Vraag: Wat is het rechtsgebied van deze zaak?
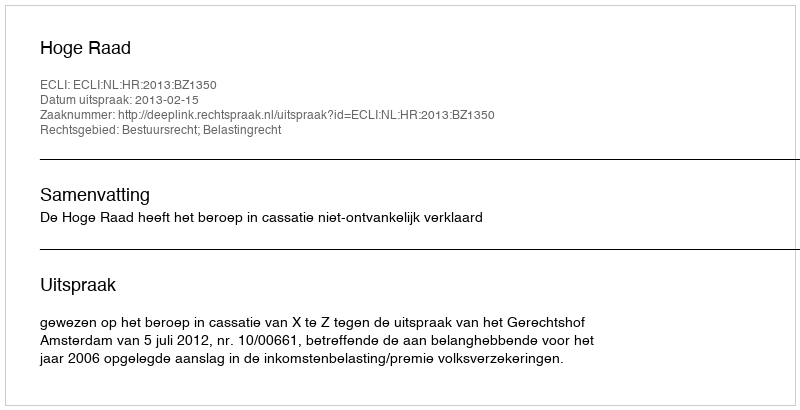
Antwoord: Bestuursrecht; Belastingrecht